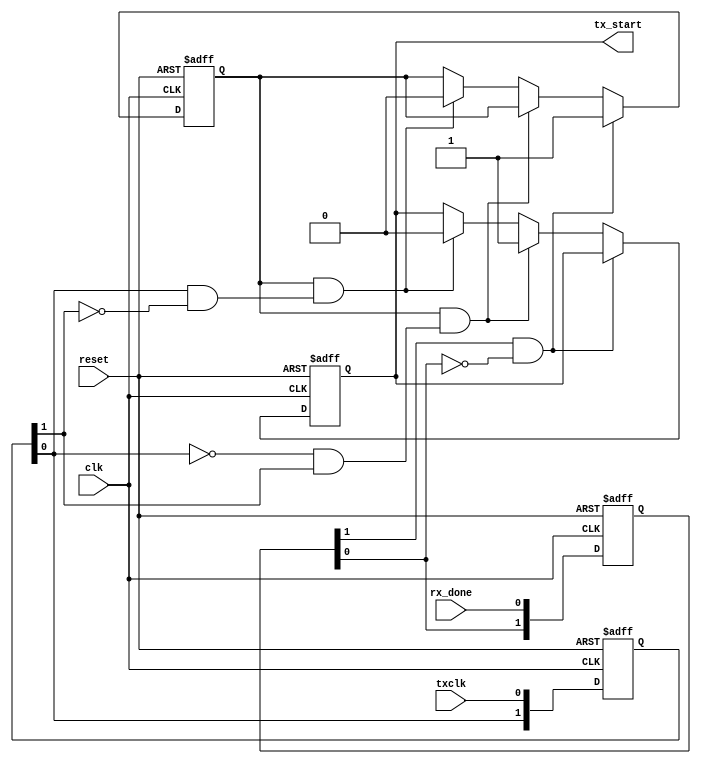
//we cannot use rx_done signal to trigger tx_start of UART.
//because the clock frequency of RX is 16x TxClock.
//Therefore the TxClock is much more slower than RxClock, cannot lock the rx_done correctly.
//so we use SysClock to lock the rx_done, and expand&Sync it to TxClk.
module rxclk_sync_to_txclk(clk,reset,rx_done,txclk,tx_start);
input clk;
input reset;
input rx_done;
input txclk;

output reg tx_start/*synthesis noprune*/;

//check the falling edge of rx_done to hit that moment of received data valid.
reg [1:0] rx_done_buf;
wire neg_rx_done=rx_done_buf[1]&(~rx_done_buf[0])/*synthesis keep*/;
reg neg_rx_done_trigger/*synthesis noprune*/;

//check the raising edge of txclk.
reg [1:0] txclk_buf;
wire neg_txclk=(~txclk_buf[0])&txclk_buf[1]/*synthesis keep*/;
wire pos_txclk=txclk_buf[0]&(~txclk_buf[1])/*synthesis keep*/;

always @(posedge clk or posedge reset)
begin
	if(reset) begin
				rx_done_buf<=2'b00;
				txclk_buf=2'b00;
			  end
	else begin
			rx_done_buf<={rx_done_buf[0],rx_done};
			txclk_buf={txclk_buf[0],txclk};
		 end
end

//to keep tx_start 2 clock cycle.
always @(posedge clk or posedge reset)
begin
	if(reset) begin
				tx_start<=1'b0;	
				neg_rx_done_trigger<=1'b0;
			  end
	else begin
			if(neg_rx_done)
					neg_rx_done_trigger<=1'b1;
			else if(neg_rx_done_trigger==1'b1 && neg_txclk)
					tx_start<=1'b1;
				 else if(neg_rx_done_trigger==1'b1 && pos_txclk ) begin
						 	 										tx_start<=1'b0;
						 	 										neg_rx_done_trigger<=1'b0;
						 	 								     end
					  else
					  		tx_start<=tx_start;
					  		
	     end
end
endmodule